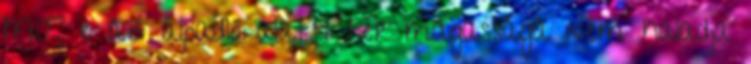
MJ, e az álpadló alatti tér magassága nem haladja